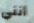
أنني